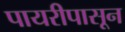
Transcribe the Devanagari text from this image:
पायरीपासून